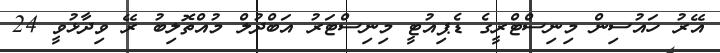
އޭރު ހައުސިން މިނިސްޓްރީގެ ޑެޕިއުޓީ މިނިސްޓަރު އަބްދުލް މުއްތޮލިބު ރޭ ވިދާޅުވީ 24